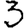
Digit: 3